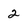
Character: 2